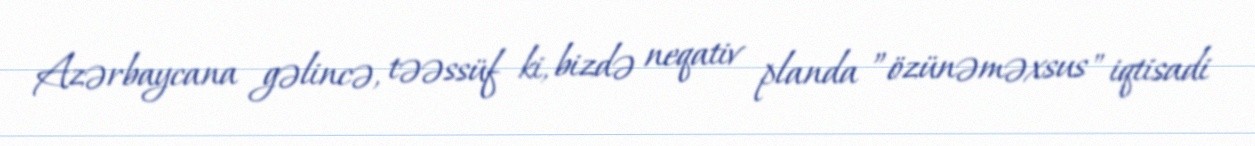
Azərbaycana gəlincə, təəssüf ki, bizdə neqativ planda ”özünəməxsus" iqtisadi